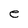
Character: e